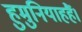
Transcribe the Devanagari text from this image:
हुमुनियाहहैं।